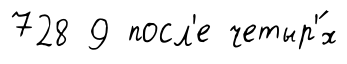
728 9 посл'е четыр'́х